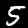
Digit: 5